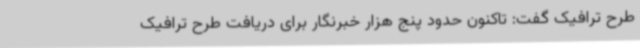
طرح ترافیک گفت: تاکنون حدود پنج هزار خبرنگار برای دریافت طرح ترافیک